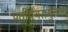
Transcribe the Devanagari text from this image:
प्रतीप्त्यसमुत्पाद